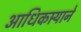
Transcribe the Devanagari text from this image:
आधिकार्‍याने